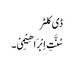
ڈی کلٹر
سُنَّتِ اِبْرَ اھِیْمِیْ۔